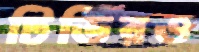
টিভিরও